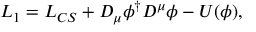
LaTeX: { \cal L } _ { 1 } = { \cal L } _ { C S } + D _ { \mu } \phi ^ { \dagger } D ^ { \mu } \phi - U ( \phi ) ,